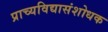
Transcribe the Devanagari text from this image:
प्राच्यविद्यासंशोधक